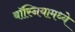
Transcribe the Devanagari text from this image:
बॉस्नियामध्ये